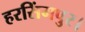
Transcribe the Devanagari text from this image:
हरसिंगपुर।